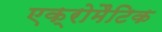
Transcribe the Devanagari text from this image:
एक्रोमैटिक